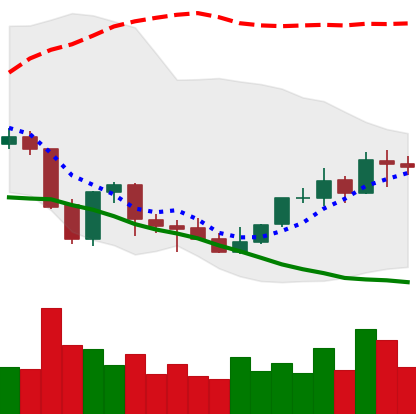
Ticker: NEO-USD
Chart end date: 2021-10-07
Forward return: -3.75%
Label: down_3_5